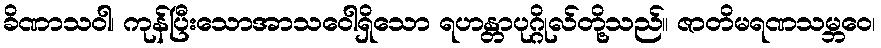
ခိဏာသဝါ၊ ကုန်ပြီးသောအာသဝေါရှိသော ရဟန္တာပုဂ္ဂိုလ်တို့သည်။ ဇာတိမရဏသမ္ဘဝေ၊